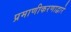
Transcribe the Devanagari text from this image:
प्रमाणीकरणाद्वारे